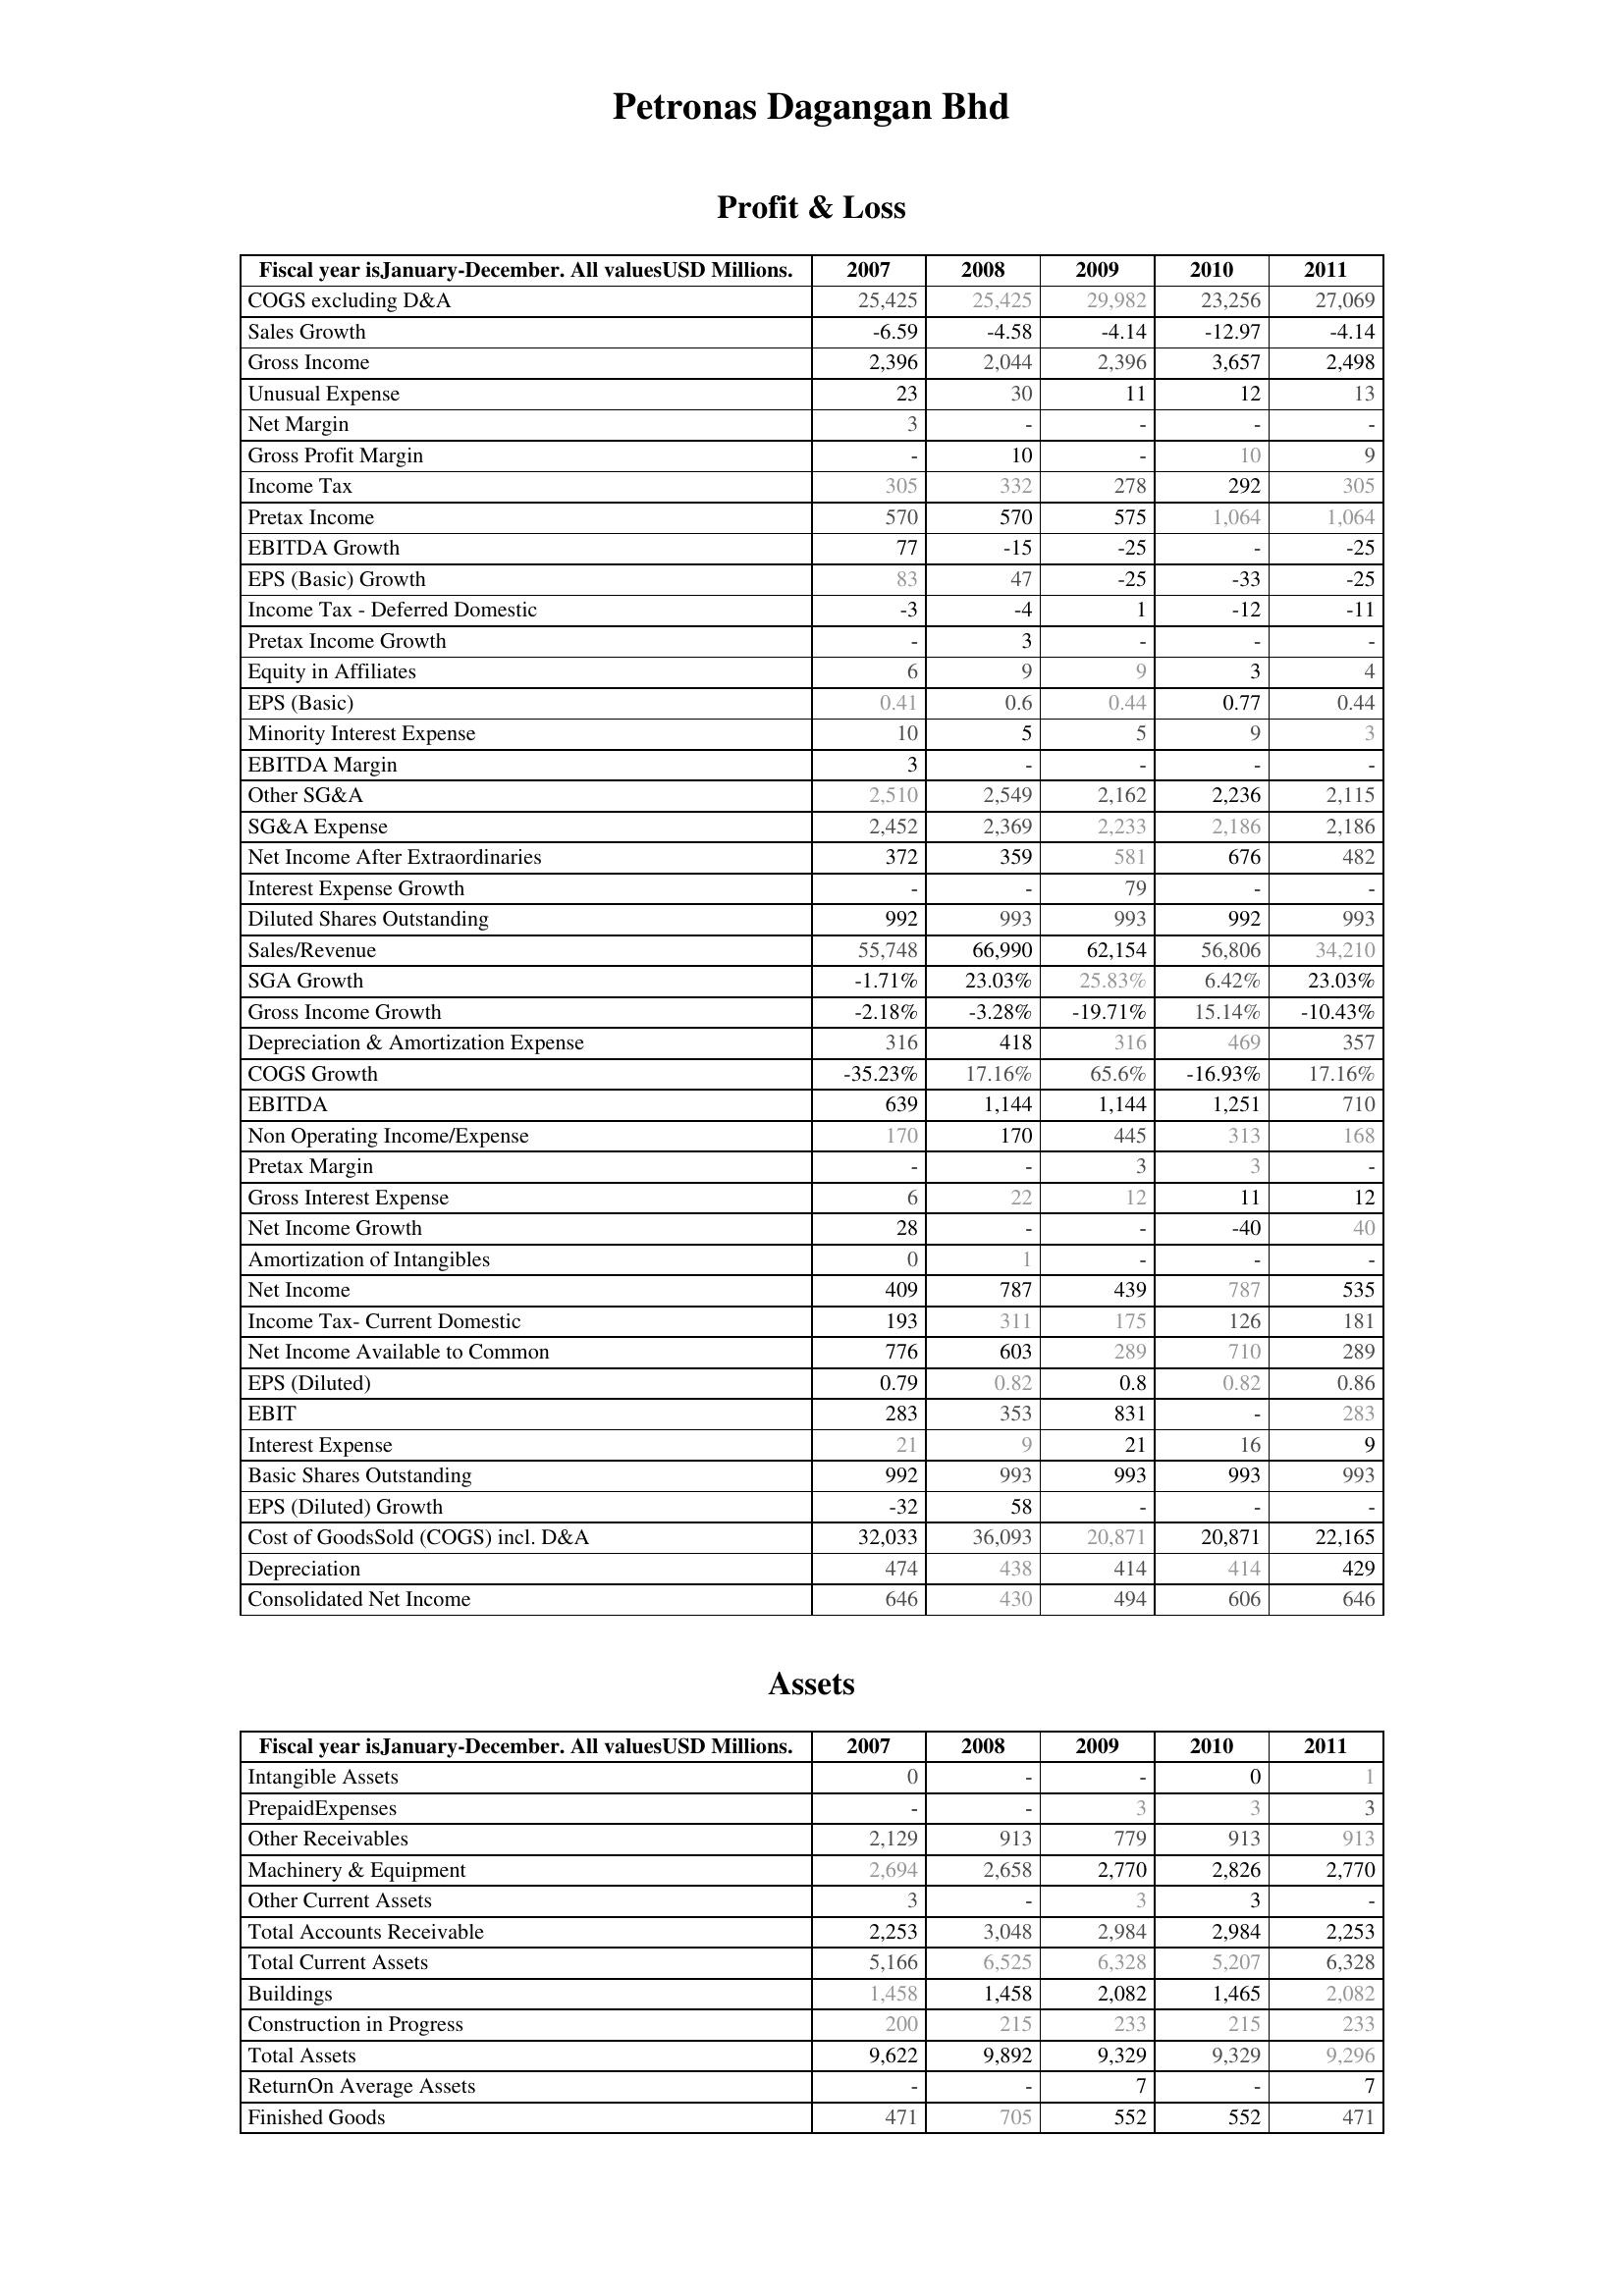
2007: Profit & Loss: COGS excluding D&A: 25,425
Sales Growth: -6.59
Gross Income: 2,396
Unusual Expense: 23
Net Margin: 3
Gross Profit Margin: -
Income Tax: 305
Pretax Income: 570
EBITDA Growth: 77
EPS (Basic) Growth: 83
Income Tax - Deferred Domestic: -3
Pretax Income Growth: -
Equity in Affiliates: 6
EPS (Basic): 0.41
Minority Interest Expense: 10
EBITDA Margin: 3
Other SG&A: 2,510
SG&A Expense: 2,452
Net Income After Extraordinaries: 372
Interest Expense Growth: -
Diluted Shares Outstanding: 992
Sales/Revenue: 55,748
SGA Growth: -1.71%
Gross Income Growth: -2.18%
Depreciation & Amortization Expense: 316
COGS Growth: -35.23%
EBITDA: 639
Non Operating Income/Expense: 170
Pretax Margin: -
Gross Interest Expense: 6
Net Income Growth: 28
Amortization of Intangibles: 0
Net Income: 409
Income Tax- Current Domestic: 193
Net Income Available to Common: 776
EPS (Diluted): 0.79
EBIT: 283
Interest Expense: 21
Basic Shares Outstanding: 992
EPS (Diluted) Growth: -32
Cost of GoodsSold (COGS) incl. D&A: 32,033
Depreciation: 474
Consolidated Net Income: 646
Assets: Intangible Assets: 0
PrepaidExpenses: -
Other Receivables: 2,129
Machinery & Equipment: 2,694
Other Current Assets: 3
Total Accounts Receivable: 2,253
Total Current Assets: 5,166
Buildings: 1,458
Construction in Progress: 200
Total Assets: 9,622
ReturnOn Average Assets: -
Finished Goods: 471
2008: Profit & Loss: COGS excluding D&A: 25,425
Sales Growth: -4.58
Gross Income: 2,044
Unusual Expense: 30
Net Margin: -
Gross Profit Margin: 10
Income Tax: 332
Pretax Income: 570
EBITDA Growth: -15
EPS (Basic) Growth: 47
Income Tax - Deferred Domestic: -4
Pretax Income Growth: 3
Equity in Affiliates: 9
EPS (Basic): 0.6
Minority Interest Expense: 5
EBITDA Margin: -
Other SG&A: 2,549
SG&A Expense: 2,369
Net Income After Extraordinaries: 359
Interest Expense Growth: -
Diluted Shares Outstanding: 993
Sales/Revenue: 66,990
SGA Growth: 23.03%
Gross Income Growth: -3.28%
Depreciation & Amortization Expense: 418
COGS Growth: 17.16%
EBITDA: 1,144
Non Operating Income/Expense: 170
Pretax Margin: -
Gross Interest Expense: 22
Net Income Growth: -
Amortization of Intangibles: 1
Net Income: 787
Income Tax- Current Domestic: 311
Net Income Available to Common: 603
EPS (Diluted): 0.82
EBIT: 353
Interest Expense: 9
Basic Shares Outstanding: 993
EPS (Diluted) Growth: 58
Cost of GoodsSold (COGS) incl. D&A: 36,093
Depreciation: 438
Consolidated Net Income: 430
Assets: Intangible Assets: -
PrepaidExpenses: -
Other Receivables: 913
Machinery & Equipment: 2,658
Other Current Assets: -
Total Accounts Receivable: 3,048
Total Current Assets: 6,525
Buildings: 1,458
Construction in Progress: 215
Total Assets: 9,892
ReturnOn Average Assets: -
Finished Goods: 705
2009: Profit & Loss: COGS excluding D&A: 29,982
Sales Growth: -4.14
Gross Income: 2,396
Unusual Expense: 11
Net Margin: -
Gross Profit Margin: -
Income Tax: 278
Pretax Income: 575
EBITDA Growth: -25
EPS (Basic) Growth: -25
Income Tax - Deferred Domestic: 1
Pretax Income Growth: -
Equity in Affiliates: 9
EPS (Basic): 0.44
Minority Interest Expense: 5
EBITDA Margin: -
Other SG&A: 2,162
SG&A Expense: 2,233
Net Income After Extraordinaries: 581
Interest Expense Growth: 79
Diluted Shares Outstanding: 993
Sales/Revenue: 62,154
SGA Growth: 25.83%
Gross Income Growth: -19.71%
Depreciation & Amortization Expense: 316
COGS Growth: 65.6%
EBITDA: 1,144
Non Operating Income/Expense: 445
Pretax Margin: 3
Gross Interest Expense: 12
Net Income Growth: -
Amortization of Intangibles: -
Net Income: 439
Income Tax- Current Domestic: 175
Net Income Available to Common: 289
EPS (Diluted): 0.8
EBIT: 831
Interest Expense: 21
Basic Shares Outstanding: 993
EPS (Diluted) Growth: -
Cost of GoodsSold (COGS) incl. D&A: 20,871
Depreciation: 414
Consolidated Net Income: 494
Assets: Intangible Assets: -
PrepaidExpenses: 3
Other Receivables: 779
Machinery & Equipment: 2,770
Other Current Assets: 3
Total Accounts Receivable: 2,984
Total Current Assets: 6,328
Buildings: 2,082
Construction in Progress: 233
Total Assets: 9,329
ReturnOn Average Assets: 7
Finished Goods: 552
2010: Profit & Loss: COGS excluding D&A: 23,256
Sales Growth: -12.97
Gross Income: 3,657
Unusual Expense: 12
Net Margin: -
Gross Profit Margin: 10
Income Tax: 292
Pretax Income: 1,064
EBITDA Growth: -
EPS (Basic) Growth: -33
Income Tax - Deferred Domestic: -12
Pretax Income Growth: -
Equity in Affiliates: 3
EPS (Basic): 0.77
Minority Interest Expense: 9
EBITDA Margin: -
Other SG&A: 2,236
SG&A Expense: 2,186
Net Income After Extraordinaries: 676
Interest Expense Growth: -
Diluted Shares Outstanding: 992
Sales/Revenue: 56,806
SGA Growth: 6.42%
Gross Income Growth: 15.14%
Depreciation & Amortization Expense: 469
COGS Growth: -16.93%
EBITDA: 1,251
Non Operating Income/Expense: 313
Pretax Margin: 3
Gross Interest Expense: 11
Net Income Growth: -40
Amortization of Intangibles: -
Net Income: 787
Income Tax- Current Domestic: 126
Net Income Available to Common: 710
EPS (Diluted): 0.82
EBIT: -
Interest Expense: 16
Basic Shares Outstanding: 993
EPS (Diluted) Growth: -
Cost of GoodsSold (COGS) incl. D&A: 20,871
Depreciation: 414
Consolidated Net Income: 606
Assets: Intangible Assets: 0
PrepaidExpenses: 3
Other Receivables: 913
Machinery & Equipment: 2,826
Other Current Assets: 3
Total Accounts Receivable: 2,984
Total Current Assets: 5,207
Buildings: 1,465
Construction in Progress: 215
Total Assets: 9,329
ReturnOn Average Assets: -
Finished Goods: 552
2011: Profit & Loss: COGS excluding D&A: 27,069
Sales Growth: -4.14
Gross Income: 2,498
Unusual Expense: 13
Net Margin: -
Gross Profit Margin: 9
Income Tax: 305
Pretax Income: 1,064
EBITDA Growth: -25
EPS (Basic) Growth: -25
Income Tax - Deferred Domestic: -11
Pretax Income Growth: -
Equity in Affiliates: 4
EPS (Basic): 0.44
Minority Interest Expense: 3
EBITDA Margin: -
Other SG&A: 2,115
SG&A Expense: 2,186
Net Income After Extraordinaries: 482
Interest Expense Growth: -
Diluted Shares Outstanding: 993
Sales/Revenue: 34,210
SGA Growth: 23.03%
Gross Income Growth: -10.43%
Depreciation & Amortization Expense: 357
COGS Growth: 17.16%
EBITDA: 710
Non Operating Income/Expense: 168
Pretax Margin: -
Gross Interest Expense: 12
Net Income Growth: 40
Amortization of Intangibles: -
Net Income: 535
Income Tax- Current Domestic: 181
Net Income Available to Common: 289
EPS (Diluted): 0.86
EBIT: 283
Interest Expense: 9
Basic Shares Outstanding: 993
EPS (Diluted) Growth: -
Cost of GoodsSold (COGS) incl. D&A: 22,165
Depreciation: 429
Consolidated Net Income: 646
Assets: Intangible Assets: 1
PrepaidExpenses: 3
Other Receivables: 913
Machinery & Equipment: 2,770
Other Current Assets: -
Total Accounts Receivable: 2,253
Total Current Assets: 6,328
Buildings: 2,082
Construction in Progress: 233
Total Assets: 9,296
ReturnOn Average Assets: 7
Finished Goods: 471